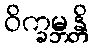
ဝိက္ခမ္ဘန္တိ